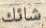
شائك